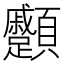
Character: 𩖑